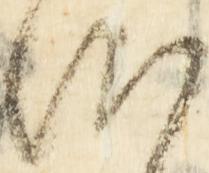
候